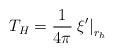
\begin{align*}T_{H}=\frac{1}{4\pi }\left. \xi' \right| _{r_{h}}\end{align*}